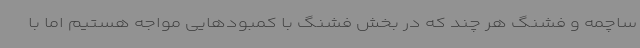
ساچمه و فشنگ هر چند که در بخش فشنگ با کمبودهایی مواجه هستیم اما با